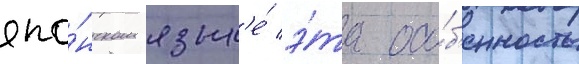
япо́нском язык'е́ э́та осо́б'енность